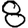
Digit: 8